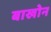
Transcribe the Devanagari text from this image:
बाखोन